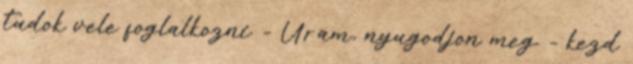
tudok vele foglalkozni. - Uram, nyugodjon meg. - kezd